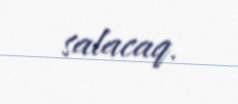
salacaq.